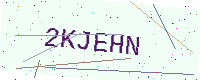
Text: 2KJEHN